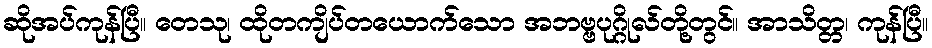
ဆိုအပ်ကုန်ပြီ။ တေသု၊ ထိုတကျိပ်တယောက်သော အဘဗ္ဗပုဂ္ဂိုလ်တို့တွင်။ အာသိတ္တ၊ ကုန်ပြီ။